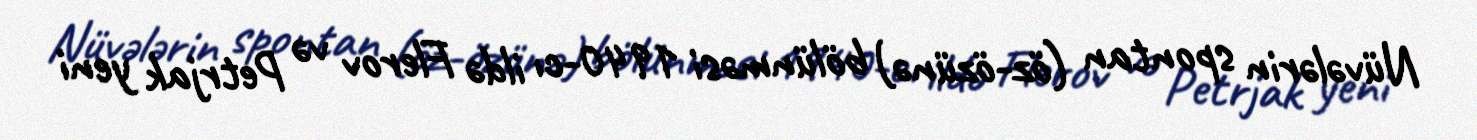
Nüvələrin spontan (öz-özünə) bölünməsi 1940-cı ildə Flerov və Petrjak yeni